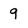
Character: 9